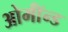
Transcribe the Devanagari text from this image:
ओर्मॉन्ड